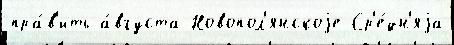
пра́в'ить а́вгуста Новопол'янскоjе Ср'е́дн'яjа